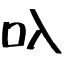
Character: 叺